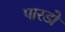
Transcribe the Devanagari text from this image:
पारडो